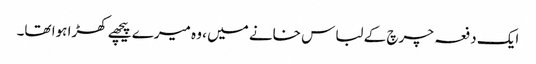
ایک دفعہ چرچ کے لباس خانے میں ، وہ میرے پیچھے کھڑا ہوا تھا۔